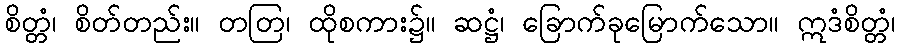
စိတ္တံ၊ စိတ်တည်း။ တတြ၊ ထိုစကား၌။ ဆဋ္ဌံ၊ ခြောက်ခုမြောက်သော။ ဣဒံစိတ္တံ၊